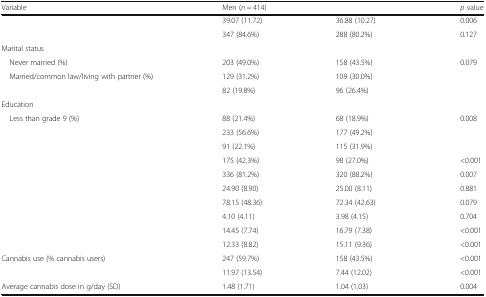
<table><thead><tr><td><b>Variable</b></td><td><b>Men (<i>n</i> = 414)</b></td><td>[EMPTY_CELL]</td><td><b><i>p</i> value</b></td></tr></thead><tbody><tr><td>[EMPTY_CELL]</td><td>39.07 (11.72)</td><td>36.88 (10.27)</td><td>0.006</td></tr><tr><td>[EMPTY_CELL]</td><td>347 (84.6%)</td><td>288 (80.2%)</td><td>0.127</td></tr><tr><td colspan="4">Marital status</td></tr><tr><td> Never married (%)</td><td>203 (49.0%)</td><td>158 (43.5%)</td><td>0.079</td></tr><tr><td> Married/common law/living with partner (%)</td><td>129 (31.2%)</td><td>109 (30.0%)</td><td>[EMPTY_CELL]</td></tr><tr><td>[EMPTY_CELL]</td><td>82 (19.8%)</td><td>96 (26.4%)</td><td>[EMPTY_CELL]</td></tr><tr><td colspan="4">Education</td></tr><tr><td> Less than grade 9 (%)</td><td>88 (21.4%)</td><td>68 (18.9%)</td><td>0.008</td></tr><tr><td>[EMPTY_CELL]</td><td>233 (56.6%)</td><td>177 (49.2%)</td><td>[EMPTY_CELL]</td></tr><tr><td>[EMPTY_CELL]</td><td>91 (22.1%)</td><td>115 (31.9%)</td><td>[EMPTY_CELL]</td></tr><tr><td>[EMPTY_CELL]</td><td>175 (42.3%)</td><td>98 (27.0%)</td><td>&lt;0.001</td></tr><tr><td>[EMPTY_CELL]</td><td>336 (81.2%)</td><td>320 (88.2%)</td><td>0.007</td></tr><tr><td>[EMPTY_CELL]</td><td>24.90 (8.90)</td><td>25.00 (8.11)</td><td>0.881</td></tr><tr><td>[EMPTY_CELL]</td><td>78.15 (48.36)</td><td>72.34 (42.63)</td><td>0.079</td></tr><tr><td>[EMPTY_CELL]</td><td>4.10 (4.11)</td><td>3.98 (4.15)</td><td>0.704</td></tr><tr><td>[EMPTY_CELL]</td><td>14.45 (7.74)</td><td>16.79 (7.38)</td><td>&lt;0.001</td></tr><tr><td>[EMPTY_CELL]</td><td>12.33 (8.82)</td><td>15.11 (9.36)</td><td>&lt;0.001</td></tr><tr><td>Cannabis use (% cannabis users)</td><td>247 (59.7%)</td><td>158 (43.5%)</td><td>&lt;0.001</td></tr><tr><td>[EMPTY_CELL]</td><td>11.97 (13.54)</td><td>7.44 (12.02)</td><td>&lt;0.001</td></tr><tr><td>Average cannabis dose in g/day (SD)</td><td>1.48 (1.71)</td><td>1.04 (1.03)</td><td>0.004</td></tr></tbody></table>